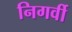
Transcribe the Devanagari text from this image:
निगर्वी